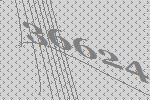
36624